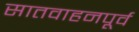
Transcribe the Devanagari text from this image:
सातवाहनपूर्व